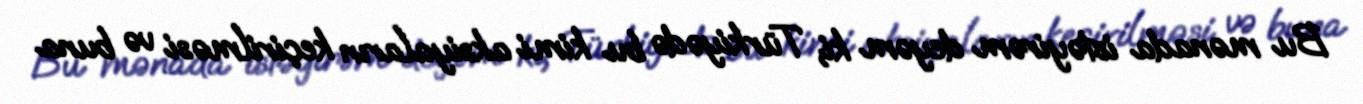
Bu mənada istəyirəm deyəm ki, Türkiyədə bu kimi aksiyaların keçirilməsi və buna